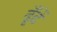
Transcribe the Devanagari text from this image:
ढूँढें